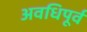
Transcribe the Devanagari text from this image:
अवधिपूर्व